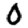
Digit: 0